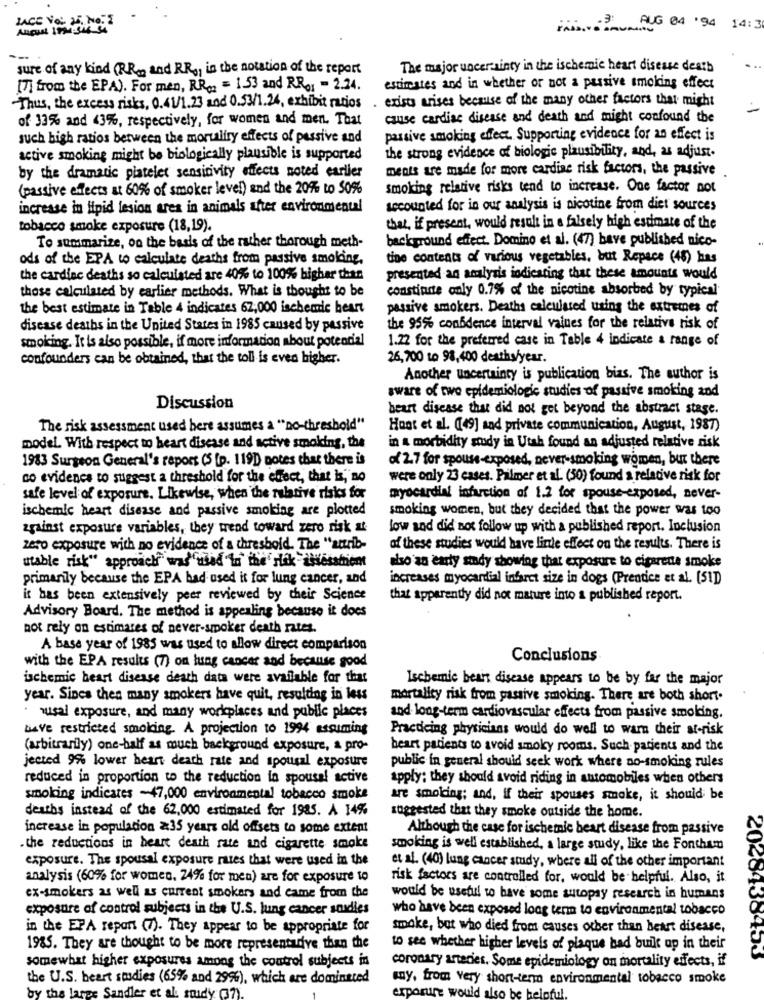
LACE Voi JE. NO.3
.... AUG 04 '94 14:3
sure of any kind (R.R ., and RR ,, in the notation of the report
The major uncertainty in the ischemic heart disease death
[7] from the EPA). For men, RR = 153 and RRo1 - 2.24.
estimates and in whether or not a passive smoking effect
exists arises because of the many other factors that might
Thus, the excess risks, 0.41/1.23 and 0.53/1.24, exhibit ratios
of 33% and 43%, respectively, for women and men. That
cause cardiac disease and death and might confound the
such high ratios between the mortalfry effects of passive and
passive smoking effect. Supporting evidence for an effect is
active smoking might be biologically plausible is supported
the strong evidence of biologic plausibility, and, as adjust.
ments are made for more cardias risk factors, the passive
by the dramatic platelet sensitivity effects noted earlier
(passive effects at 60% of smoker level) and the 20%% to 50%
smoking relative risks tend to increase. One factor not
increase in lipid lesion ares in animals after environmental
secounted for in our analysis is nicotine from diet sources
tobacco smoke exposure (18,19).
that, if present, would result in a falsely high estimate of the
background effect. Domino et al. (47) have published nico-
To summarize, on the basis of the rather thorough meth-
ods of the EPA to calculate deaths from passive smolding,
the contents of various vegetables, but Repace (46) has
the cardiac deaths so calculated are 40% to 100% higher than
presented an analysis indicating that these amounts would
those calculated by earlier methods. What is thought to be
constinde only 0.7% of the nicotine absorbed by typical
the best estimate in Table 4 indicates 67,000 ischemic beart
passive smokers. Deaths calculated using the extremes of
disease deaths in the United States in 1985 caused by passive
the 95% confidence interval vaines for the relative risk of
smoking. It is also possible, if more information about potential
1.22 for the preferred case in Table 4 indicate a range of
confounders can be obtained, that the toll is even higher.
26,700 to 98,400 deaths/year.
Another uncertainty is publication bias. The author is
aware of two epidemiologic studies of passive smoking and
Discussion
heart disease that did not get beyond the abstract stage.
The risk assessment used bere assumes a "no-threshold"
Hoot et al. (49] and private communication, August, 1987)
model. With respect to heart disease and active smoking, the
in a morbidity study in Utah found an adjusted relative risk
1983 Surgeon General's report ($ [p. 119) notes that there is
of 2.7 for spouse-exposed, never-smoking women, but there
co evidence to suggest a threshold for the effect, that is, no
were only 23 cases. Palmer et al. (50) found a relative risk for
safe level of exposure. Likewise, when the relative risks for
myocardial infarction of 1.2 for spouse-exposed, never-
ischemic heart disease and passive smoking are plotted
smoking women, but they decided that the power was too
against exposure variables, they trend toward zero risk &t
low and did not follow up with a published report. Inclusion
zero exposure with no evidence of a threshold. The "anrib-
of these studies would have linle effect on the results. There is
utable risk" approach was" used to the' rák -assessment
dso an early sudy showing that exposure to cigarette smoke
primarily because the EPA had used it for lung cancer, and
increases myocardial infarct size in dogs (Prentice et al. (51)
is has been extensively peer reviewed by their Science
that apparently did not mature into a published report.
Advisory Board. The method is appealing because it does
not rely on estimares of never-smoker death rates.
A base year of 1985 was used to allow direct comparison
with the EPA results (7) on lung cancer and because good
Conclusions
ischemic heart disease death data were available for that
Ischemic beais disease appears to be by far the major
year. Sincs then many smokers have quit, resulting in less
mortality risk from passive smoking. There are both short.
usal exposure, and many workplaces and public places
and long-term cardiovascular effects from passive smoking.
have restricted smoking. A projection to 1994 assuming
Practicing physicians would do well to warn their at-risk
(arbitrarily) one-half as much background exposure, a pro-
heart patients to avoid smoky rooms. Such patients and the
jected 9%% lower heart death rate and spousal exposure
public in general should seek work where no-smoking rules
reduced in proportion to the reduction in spousal active
apply: they should avoid riding in automobiles when others
smoking indicates -47,000 environmental tobacco smoke
are smoking; and, if their spouses smoke, it should be
deaths instead of the 62,000 estimated for 1985. A 14%
suggested that they smoke outside the home.
increase in population x35 years old offsets to some extent
Although the case for ischemic heart disease from passive
. the reductions in heart death rate and cigarette smoke
smoking is well established, a large study, like the Fontham
exposure. The spousal exposure rates that were used in the
et al. (40) lung cancer study, where all of the other important
analysis (60% for women. 24% for men) are for exposure to
risk factors are controlled for, would be helpful. Also, it
ex-smokers as well as current smokers and came from the
would be useful to have some autopsy research in humans
exposure of control subjects in the U.S. lung cancer soudles
who have been exposed long term to environmental tobacco
in the EPA report (7). They appear to be appropriate for
smoke, but who died from causes other than heart disease,
1985. They are thought to be more representative than the
to see whether higher levels of plaque had built up in their
somewhat higher exposures among the control subjects in
coronary arteries. Some epidemiology on mortality effects, if
the U.S. beart studies (65% and 29%), which are dominated
my, from very short-term environmental tobacco smoke
by the lares Sandler et al. soudy (37)
erparure would also be